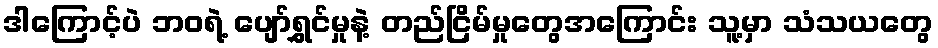
ဒါကြောင့်ပဲ ဘဝရဲ့ ပျော်ရွှင်မှုနဲ့ တည်ငြိမ်မှုတွေအကြောင်း သူ့မှာ သံသယတွေ